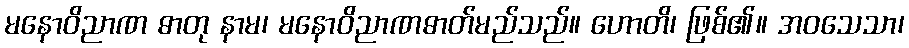
မနောဝိညာဏ ဓာတု နာမ၊ မနောဝိညာဏဓာတ်မည်သည်။ ဟောတိ၊ ဖြစ်၏။ အဝသေသာ၊